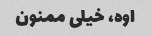
اوه، خیلی ممنون